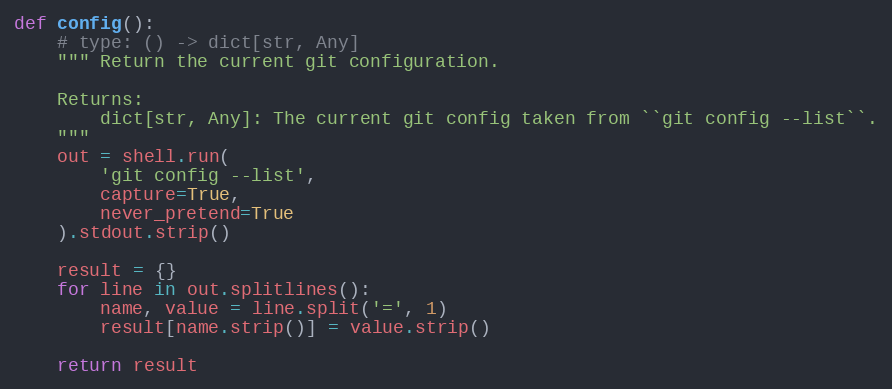
Language: Python
def config():
    # type: () -> dict[str, Any]
    """ Return the current git configuration.

    Returns:
        dict[str, Any]: The current git config taken from ``git config --list``.
    """
    out = shell.run(
        'git config --list',
        capture=True,
        never_pretend=True
    ).stdout.strip()

    result = {}
    for line in out.splitlines():
        name, value = line.split('=', 1)
        result[name.strip()] = value.strip()

    return result